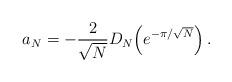
LaTeX: \begin{align*} a_N=-\frac{2}{\sqrt{N}} {D_N}\!\left(e^{-\pi/\sqrt{N}}\right).\end{align*}